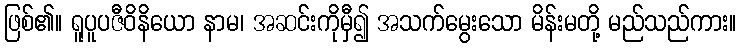
ဖြစ်၏။ ရူပူပဇီဝိနိယော နာမ၊ အဆင်းကိုမှီ၍ အသက်မွေးသော မိန်းမတို့ မည်သည်ကား။